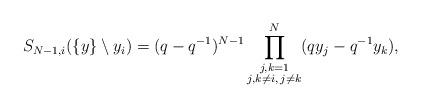
LaTeX: \begin{align*}S_{N-1,i}(\{y\}\setminus y_i) = (q-q^{-1})^{N-1}\prod_{\substack{j,k=1\\j,k\ne i,\,j\neq k}}^N (qy_j-q^{-1}y_k),\end{align*}